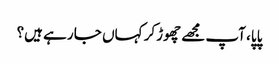
پاپا، آپ مجھے چھوڑکر کہاں جا رہے ہیں؟